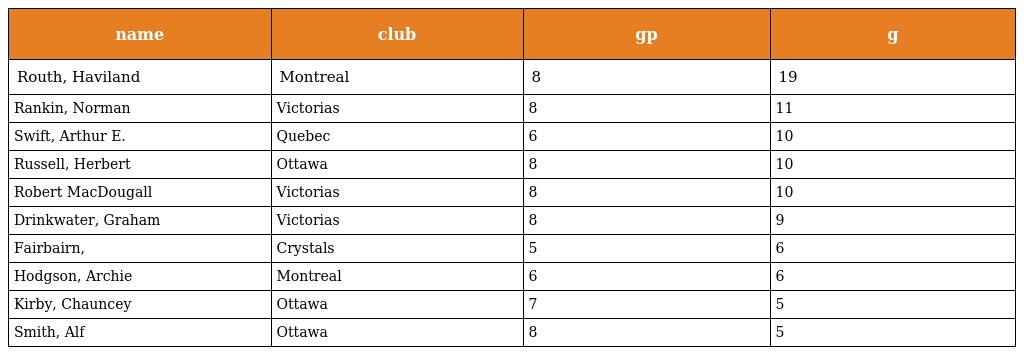
| name | club | gp | g |
 | --- | --- | --- | --- |
 | Routh, Haviland | Montreal | 8 | 19 |
 | Rankin, Norman | Victorias | 8 | 11 |
 | Swift, Arthur E. | Quebec | 6 | 10 |
 | Russell, Herbert | Ottawa | 8 | 10 |
 | Robert MacDougall | Victorias | 8 | 10 |
 | Drinkwater, Graham | Victorias | 8 | 9 |
 | Fairbairn, | Crystals | 5 | 6 |
 | Hodgson, Archie | Montreal | 6 | 6 |
 | Kirby, Chauncey | Ottawa | 7 | 5 |
 | Smith, Alf | Ottawa | 8 | 5 |